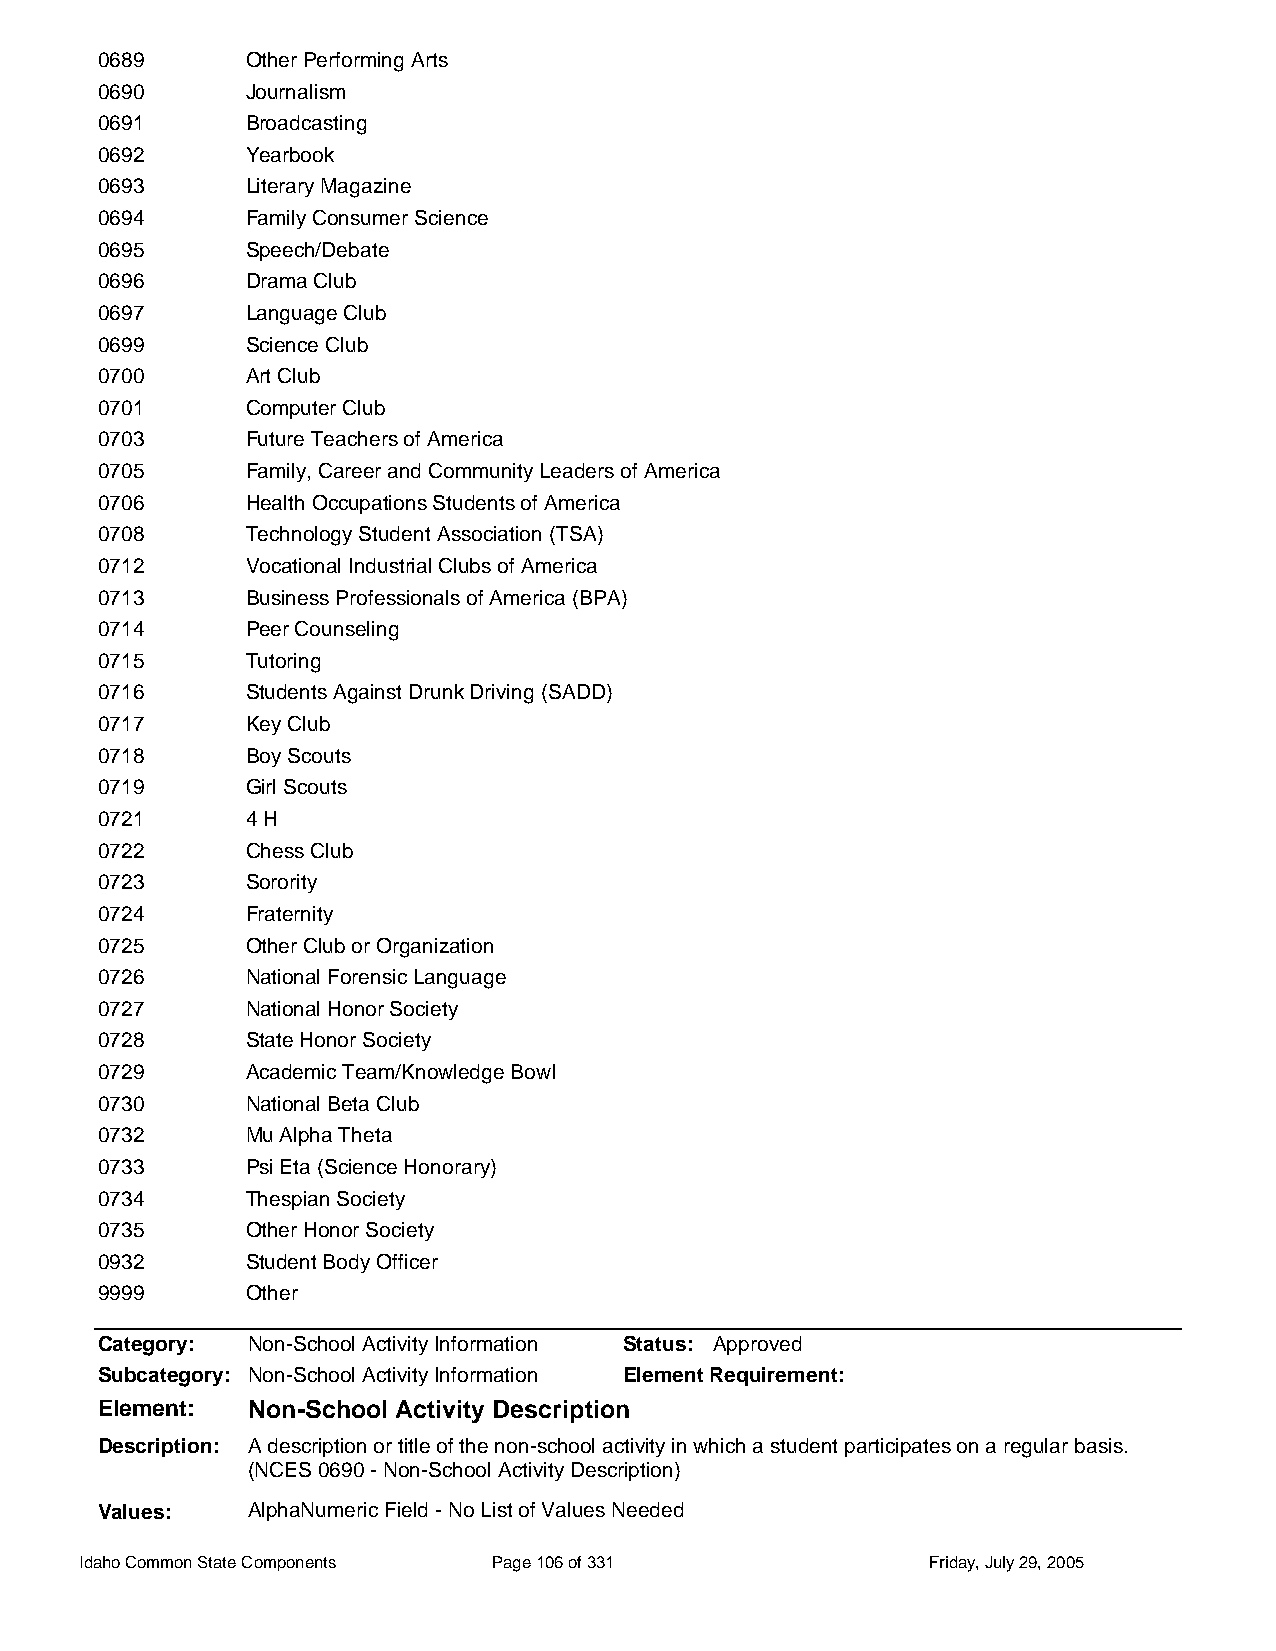
0689      Other Performing Arts
 0690      Journalism
 0691      Broadcasting
 0692      Yearbook
 0693      Literary Magazine
 0694      Family Consumer Science
 0695      Speech/Debate
 0696      Drama Club
 0697      Language Club
 0699      Science Club
 0700      Art Club
 0701      Computer Club
 0703      Future Teachers of America
 0705      Family, Career and Community Leaders of America
 0706      Health Occupations Students of America
 0708      Technology Student Association (TSA)
 0712      Vocational Industrial Clubs of America
 0713      Business Professionals of America (BPA)
 0714      Peer Counseling
 0715      Tutoring
 0716      Students Against Drunk Driving (SADD)
 0717      Key Club
 0718      Boy Scouts
 0719      Girl Scouts
 0721      4 H
 0722      Chess Club
 0723      Sorority
 0724      Fraternity
 0725      Other Club or Organization
 0726      National Forensic Language
 0727      National Honor Society
 0728      State Honor Society
 0729      Academic Team/Knowledge Bowl
 0730      National Beta Club
 0732      Mu Alpha Theta
 0733      Psi Eta (Science Honorary)
 0734      Thespian Society
 0735      Other Honor Society
 0932      Student Body Officer
 9999      Other
 Category: Non-School Activity Information Status: Approved
 Subcategory: Non-School Activity Information Element Requirement:
 Element:  Non-School Activity Description
 Description: A description or title of the non-school activity in which a student participates on a regular basis.
 (NCES 0690 - Non-School Activity Description)
 Values:   AlphaNumeric Field - No List of Values Needed
 Idaho Common State Components Page 106 of 331           Friday, July 29, 2005